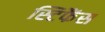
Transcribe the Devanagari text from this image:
स्टिफैंस